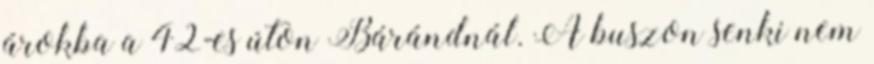
árokba a 42-es úton Bárándnál. A buszon senki nem